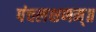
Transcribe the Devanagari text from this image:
पंचलक्षणम्‌॥